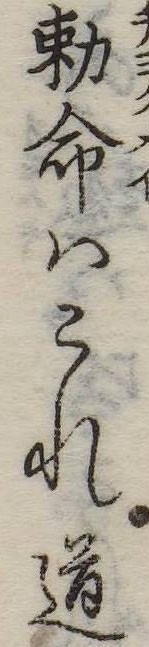
勅命はこれ道